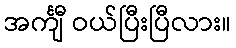
အင်္ကျီ ဝယ်ပြီးပြီလား။